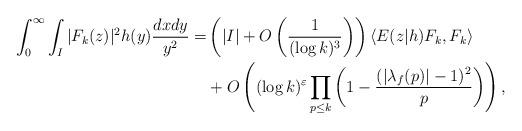
LaTeX: \begin{align*} \int_{0}^{\infty} \int_{I} |F_k(z)|^2 h(y) \frac{dx dy}{y^2} =& \left(|I|+O\left( \frac{1}{(\log k)^3} \right) \right) \langle E(z|h) F_k, F_k \rangle \\ & +O\left( (\log k)^{\varepsilon} \prod_{p \le k} \left(1-\frac{(|\lambda_f(p)|-1)^2}{p} \right) \right),\end{align*}